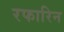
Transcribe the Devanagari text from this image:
रफारिन